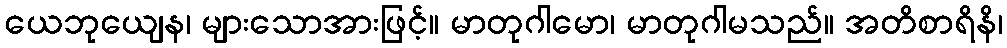
ယေဘုယျေန၊ များသောအားဖြင့်။ မာတုဂါမော၊ မာတုဂါမသည်။ အတိစာရိနိ၊